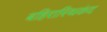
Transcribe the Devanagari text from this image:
बहिरास्थिकंद